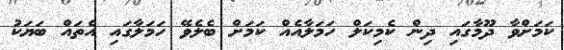
ކަމަށްވާ ދޫމާގައި ދިން ކެމިކަލް ހަމަލާއެއް ކަމަށް ބެލެވޭ ހަމަލާގައި އެތައް ބަޔަކު